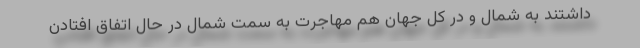
داشتند به شمال و در کل جهان هم مهاجرت به سمت شمال در حال اتفاق افتادن